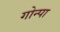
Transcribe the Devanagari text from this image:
गोन्पा